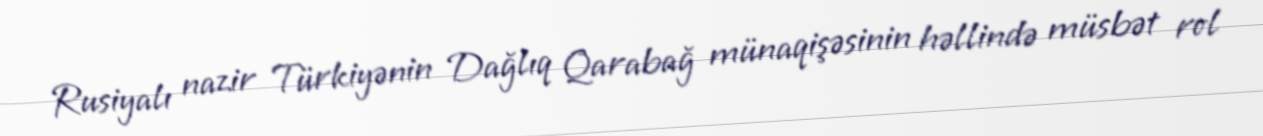
Rusiyalı nazir Türkiyənin Dağlıq Qarabağ münaqişəsinin həllində müsbət rol